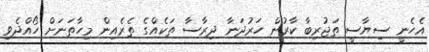
އެހެނީ ސިޔާސީ ތަޖުރިބާ ކާރުން ހަރުދަނާ ދިރާސާ ތަކެއްގެ ތެރެއިން މިހާތަނަށް ހޯއްދެވި